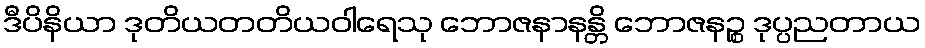
ဒီပိနိယာ ဒုတိယတတိယဝါရေသု ဘောဇနာနန္တိ ဘောဇနဉ္စ ဒုပ္ပညတာယ